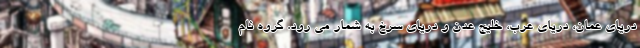
دریای عمان، دریای عرب، خلیج عدن و دریای سرخ به شمار می رود. گروه نام